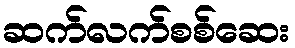
ဆက်လက်စစ်ဆေး